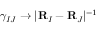
\gamma _ { I J } \rightarrow \vert { \bf R } _ { I } - { \bf R } _ { J } \vert ^ { - 1 }